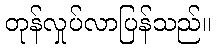
တုန်လှုပ်လာပြန်သည်။